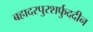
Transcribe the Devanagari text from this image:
बहादरपुरशर्फुददीन